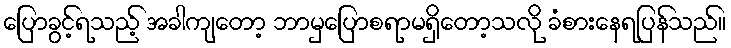
ပြောခွင့်ရသည့် အခါကျတော့ ဘာမှပြောစရာမရှိတော့သလို ခံစားနေရပြန်သည်။